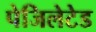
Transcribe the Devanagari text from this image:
पेजिलेटेड